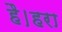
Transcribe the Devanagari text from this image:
है।हरा